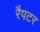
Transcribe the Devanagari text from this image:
रैपटर